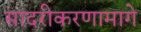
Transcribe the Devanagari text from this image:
सादरीकरणामागे